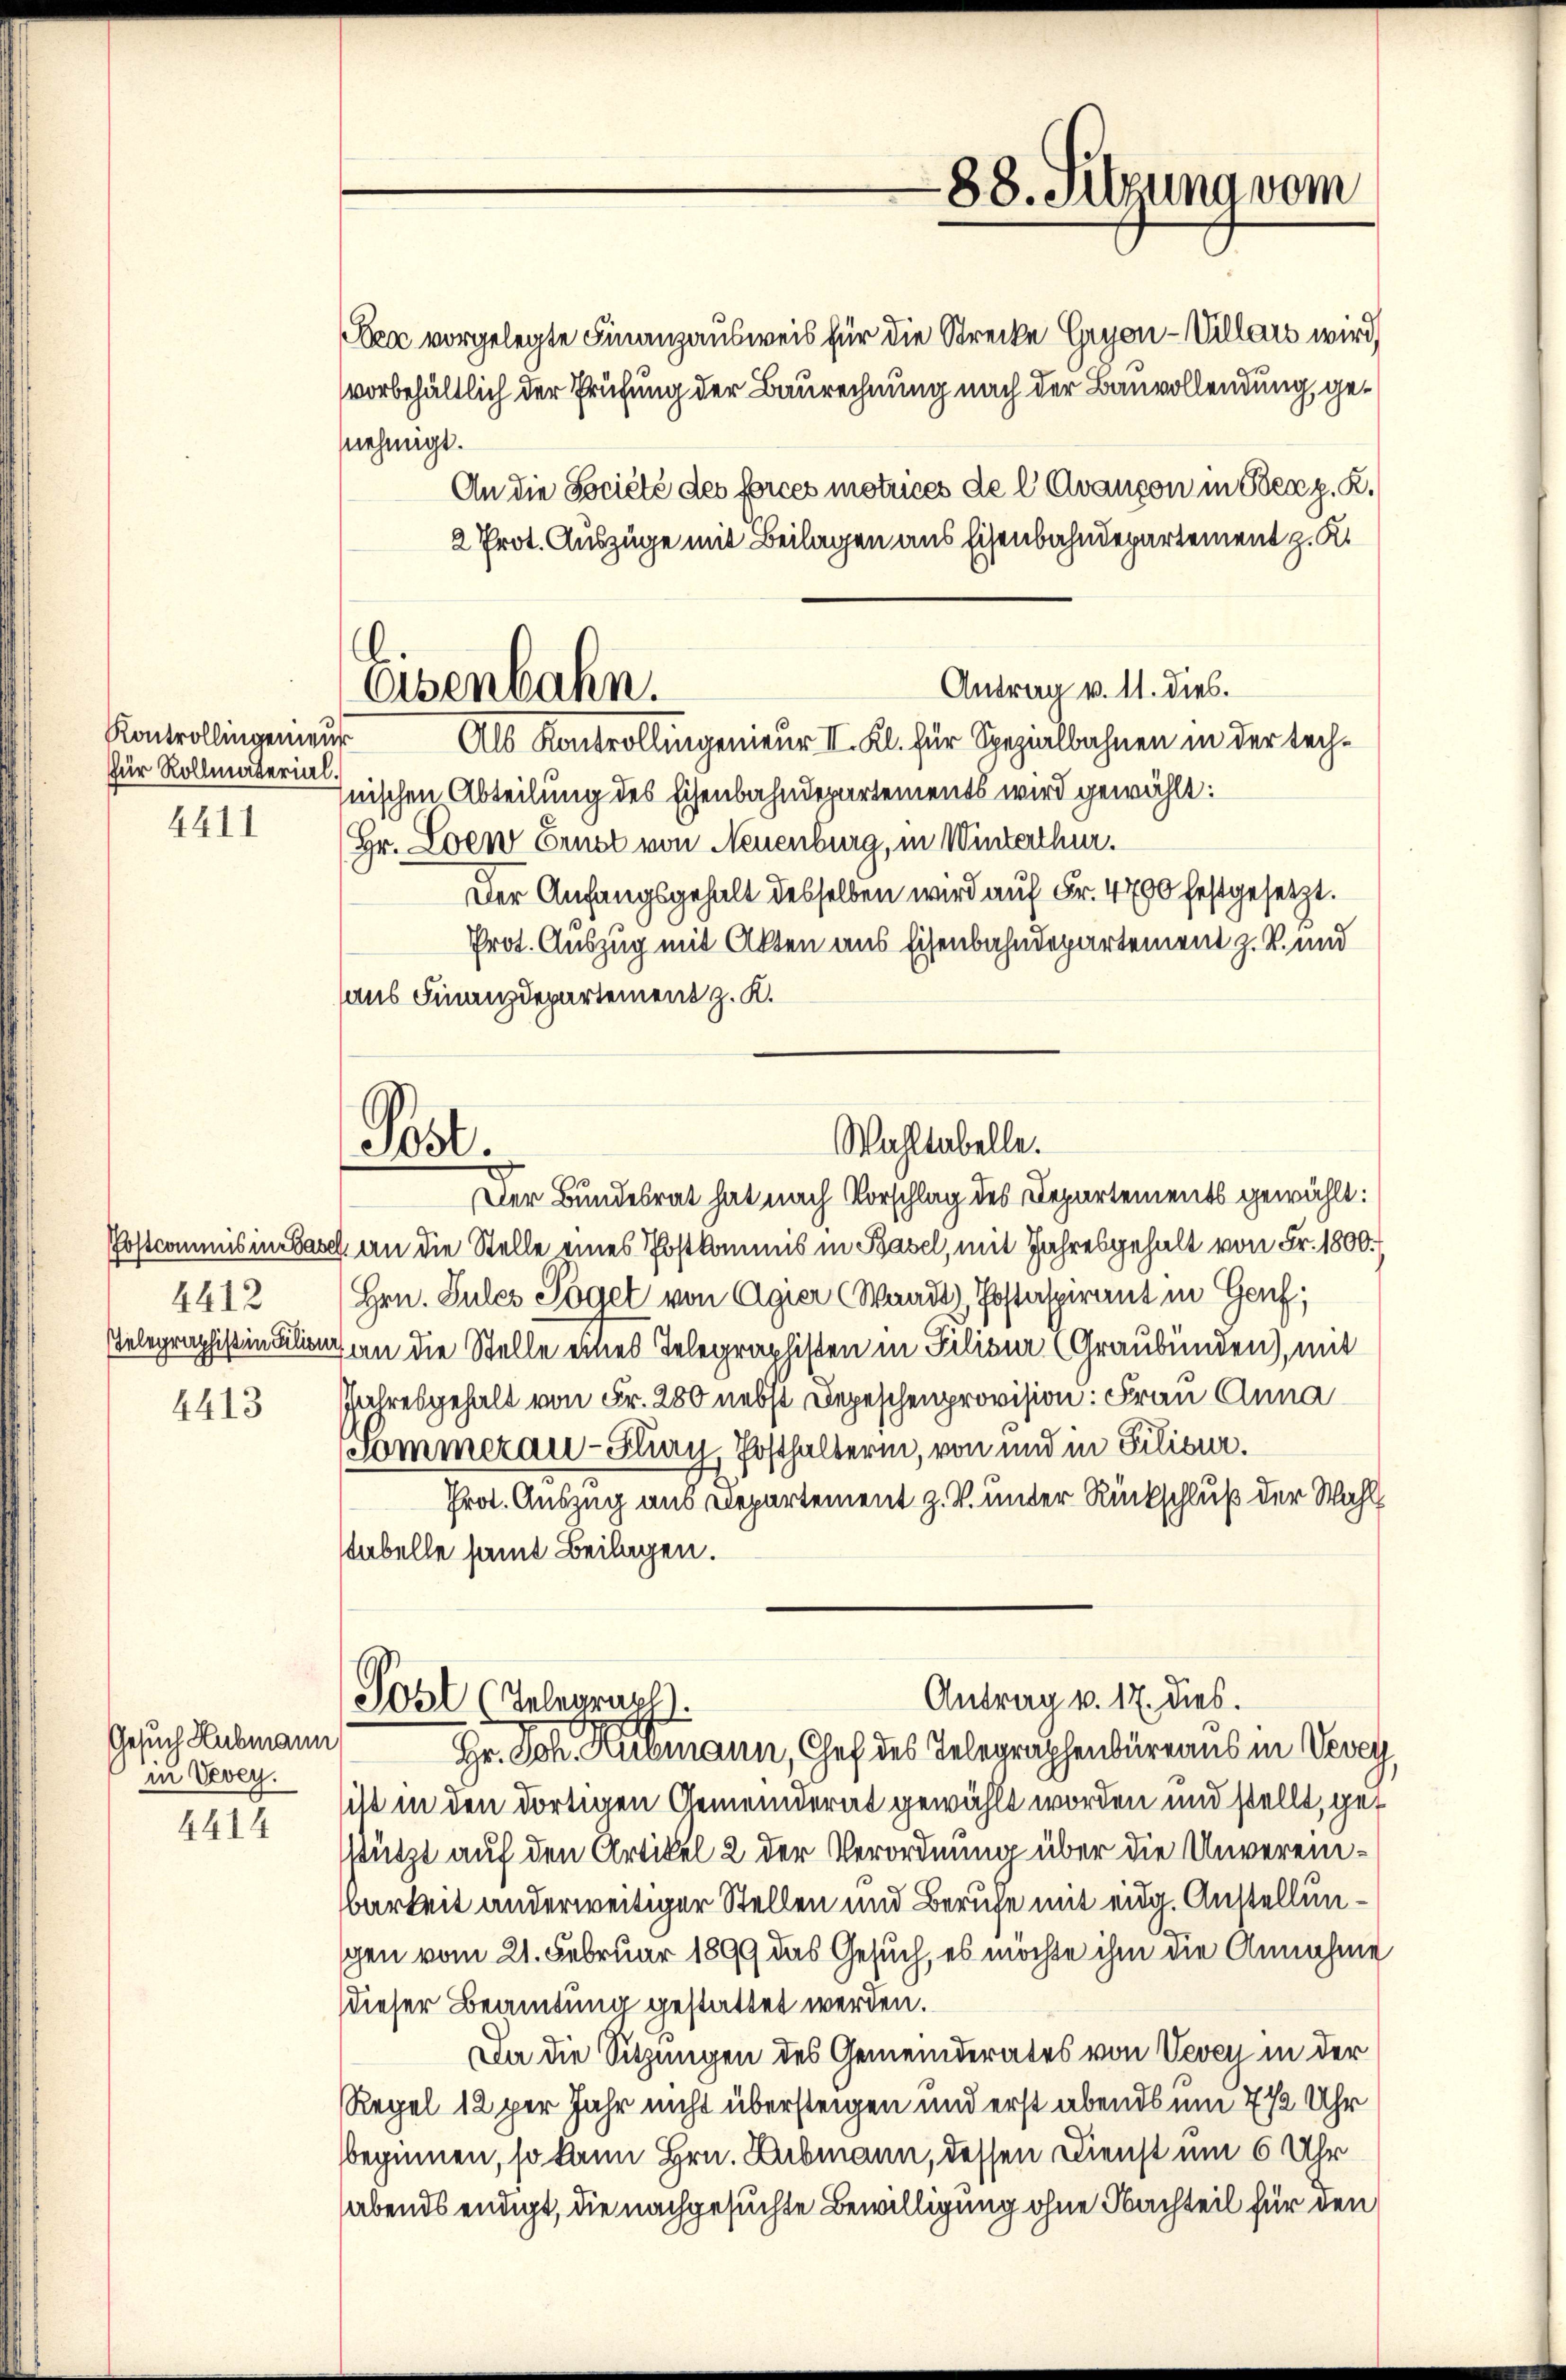
Kontrollingenieur
für Rollmaterial.
4411

4412

4413

Gesuch Hubmann
in Vevey.
4414

Sea vorgelegte Finanzausweis für die Strecke Gryon-Villars wird,
vorbehältlich der Prüfung der Baurechnung nach der Bauvollendung genehmigt.
An die Société des forces motrices de l Avançon in Berg. R.
2 Prot. Auszüge mit Beilagen aus Eisenbahndepartement z. K.
Als Kontrollingenieur II. Kl. für Spezialbahnen in der Tech¬
Inischen Abteilung des Eisenbahndepartements wird gewählt:
Hr. Loen Ernst von Neuenburg, in Winterthur.
Der Anfangsgehalt desselben wird auf Fr. 4790 festgesetzt.
Prot. Auszug mit Akten aus Eisenbahndepartement z. B. und
aus Finanzdepartement z. K.
Der Bundesrat hat nach Vorschlag des Departements gewählt:
Postcommis in Basch an die Stelle eines Postkommis in Basel, mit Jahresgehalt von Fr. 1800.
Hrn. Sules Pögel von Agier (Waadt, Postaspirant in Genf;
Telegraphistin Lilien an die Stelle eines Telegraphisten in Filisur (Graubünden), mit
Jahresgehalt von Fr. 280 nebst Depeschenprovision: Frau Anna
Sommerau-Gliay, Posthalterin, von und in Filieur.
Prot. Auszug aus Departement z. V. unter Rückschluß der Wahl
stabelle samt Beilagen.
Antrag v. 17. dies.
Post (Telegraph
Gr. Joh. Hubmann, Chef des Telegraphenbüreaus in Vevey
sist in den dortigen Gemeinderat gewählt worden und stellt, gestützt auf den Artikel 2 der Verordnung über die Unvereinbarkeit anderweitiger Stellen und Berufe mit eidg. Anstellunsgen vom 21. Februar 1899 das Gesuch, es möchte ihm die Annahme
dieser Beamtung gestattet werden.
Da die Sitzungen des Gemeinderates von Vevey in der
Regel 12 per Jahr nicht übersteigen und erst abends um 7 1/2 Uhr
beginnen, so kann Hrn. Lubmann, dessen Dienst um 6 Uhr
habends endigt, die nachgesuchte Bewilligung ohne Nachteil für den

.
Osenbahn.

Post.

88. Sigung vom

Wahltabelle.

Antrag v. 11. dies.